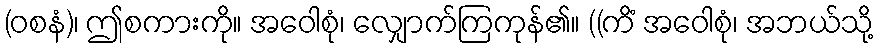
(ဝစနံ)၊ ဤစကားကို။ အဝေါစုံ၊ လျှောက်ကြကုန်၏။ ((ကိံ အဝေါစုံ၊ အဘယ်သို့